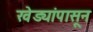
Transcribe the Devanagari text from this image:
खेड्यांपासून